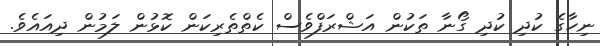
ނިހާގެ ކުދި ކުދި ގޯނާ ތަކުން އަޝްރަފްވެސް ކެތްތެރިކަން ކޮޅުން ލަމުން ދިއައެވެ.